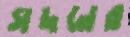
সদনের